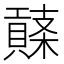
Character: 𧷱